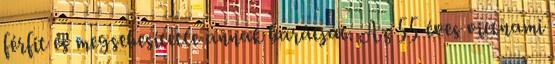
férfit és megsebesítette annak barátját. Az 55 éves vietnami